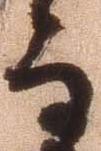
而